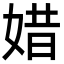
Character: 㛭